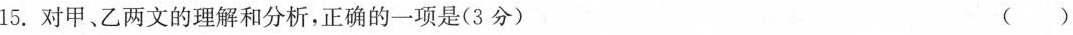
15.对甲、乙两文的理解和分析，正确的一项是(3分) ( )